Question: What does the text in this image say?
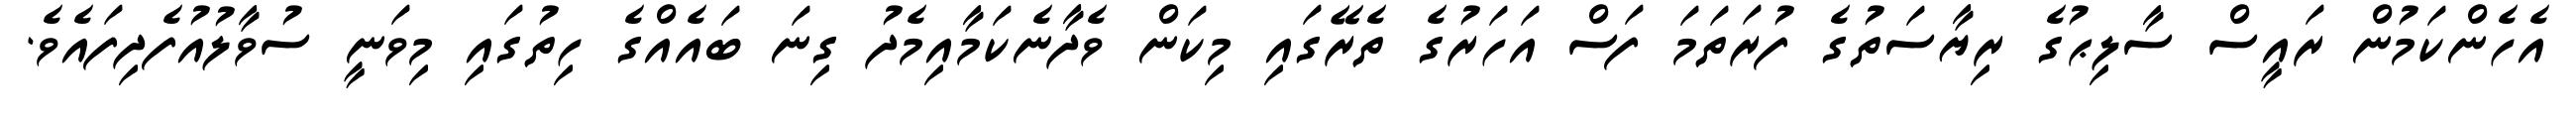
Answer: އެހެންކަމުން ރައީސް ސާލިޙުގެ ރިޔާސަތުގެ ފުރަތަމަ ފަސް އަހަރުގެ ތެރޭގައި މިކަން ވެދާނެކަމާއިމެދު ގިނަ ބައެއްގެ ހިތުގައި މިވަނީ ސުވާލުއުފެދިފައެވެ.